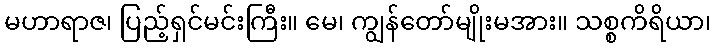
မဟာရာဇ၊ ပြည့်ရှင်မင်းကြီး။ မေ၊ ကျွန်တော်မျိုးမအား။ သစ္စကိရိယာ၊